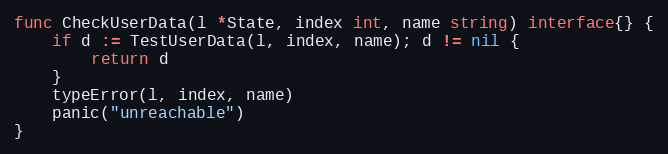
Language: Go
func CheckUserData(l *State, index int, name string) interface{} {
	if d := TestUserData(l, index, name); d != nil {
		return d
	}
	typeError(l, index, name)
	panic("unreachable")
}